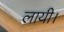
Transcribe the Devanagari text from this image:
लायी।